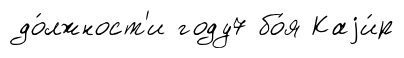
до́лжност'и году7 бо́я Каjи́р